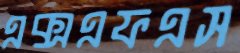
এক্সএফএস